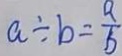
a \div b = \frac { a } { b }